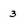
Character: 3